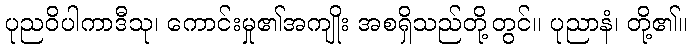
ပုညဝိပါကာဒီသု၊ ကောင်းမှု၏အကျိုး အစရှိသည်တို့တွင်။ ပုညာနံ၊ တို့၏။